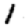
Digit: 1